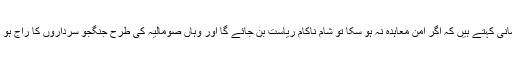
لامانی کہتے ہیں کہ اگر امن معاہدہ نہ ہو سکا تو شام ناکام ریاست بن جائے گا اور وہاں صومالیہ کی طرح جنگجو سرداروں کا راج ہو گا۔